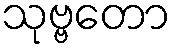
သုဗ္ဗတော